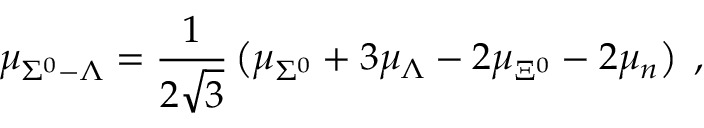
\mu _ { \Sigma ^ { 0 } - \Lambda } = \frac { 1 } { 2 \sqrt { 3 } } \left( \mu _ { \Sigma ^ { 0 } } + 3 \mu _ { \Lambda } - 2 \mu _ { \Xi ^ { 0 } } - 2 \mu _ { n } \right) \; ,